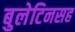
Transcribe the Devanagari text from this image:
बुलेटिनसह